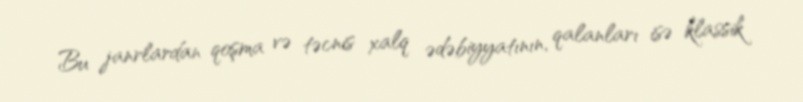
Bu janrlardan qoşma və təcnis xalq ədəbiyyatının, qalanları isə klassik